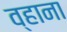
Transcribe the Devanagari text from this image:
व्हाना